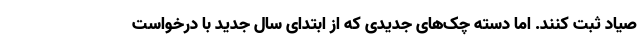
صیاد ثبت کنند. اما دسته چک‌های جدیدی که از ابتدای سال جدید با درخواست